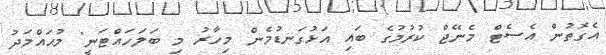
އެގޮތުން އެސެޓް މެނޭޖް ކުރުމުގެ ބައި އަޅުގަނޑުމެން މިހާރު މި ބަލަހައްޓަނީ" މުޙައްމަދު